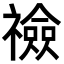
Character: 𥜋